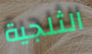
الثلجية